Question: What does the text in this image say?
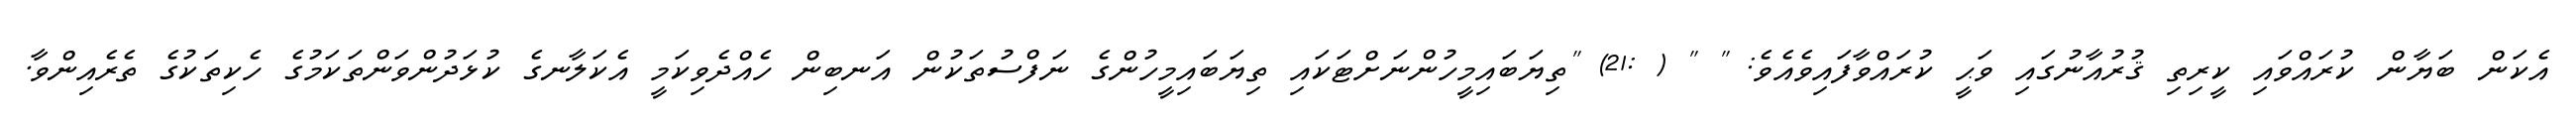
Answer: އެކަން ބަޔާން ކުރައްވައި ކީރިތި ޤުރުއާނުގައި ވަޙީ ކުރައްވާފައިވެއެވެ: " " ( :21) "ތިޔަބައިމީހުންނަށްޓަކައި ތިޔަބައިމީހުންގެ ނަފްސުތަކުން އަނބިން ހެއްދެވިކަމީ އެކަލާނގެ ކުޅަދުންވަންތަކަމުގެ ހެކިތަކުގެ ތެރެއިންވާ.